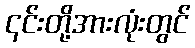
၎င်းတို့အားလုံးတွင်